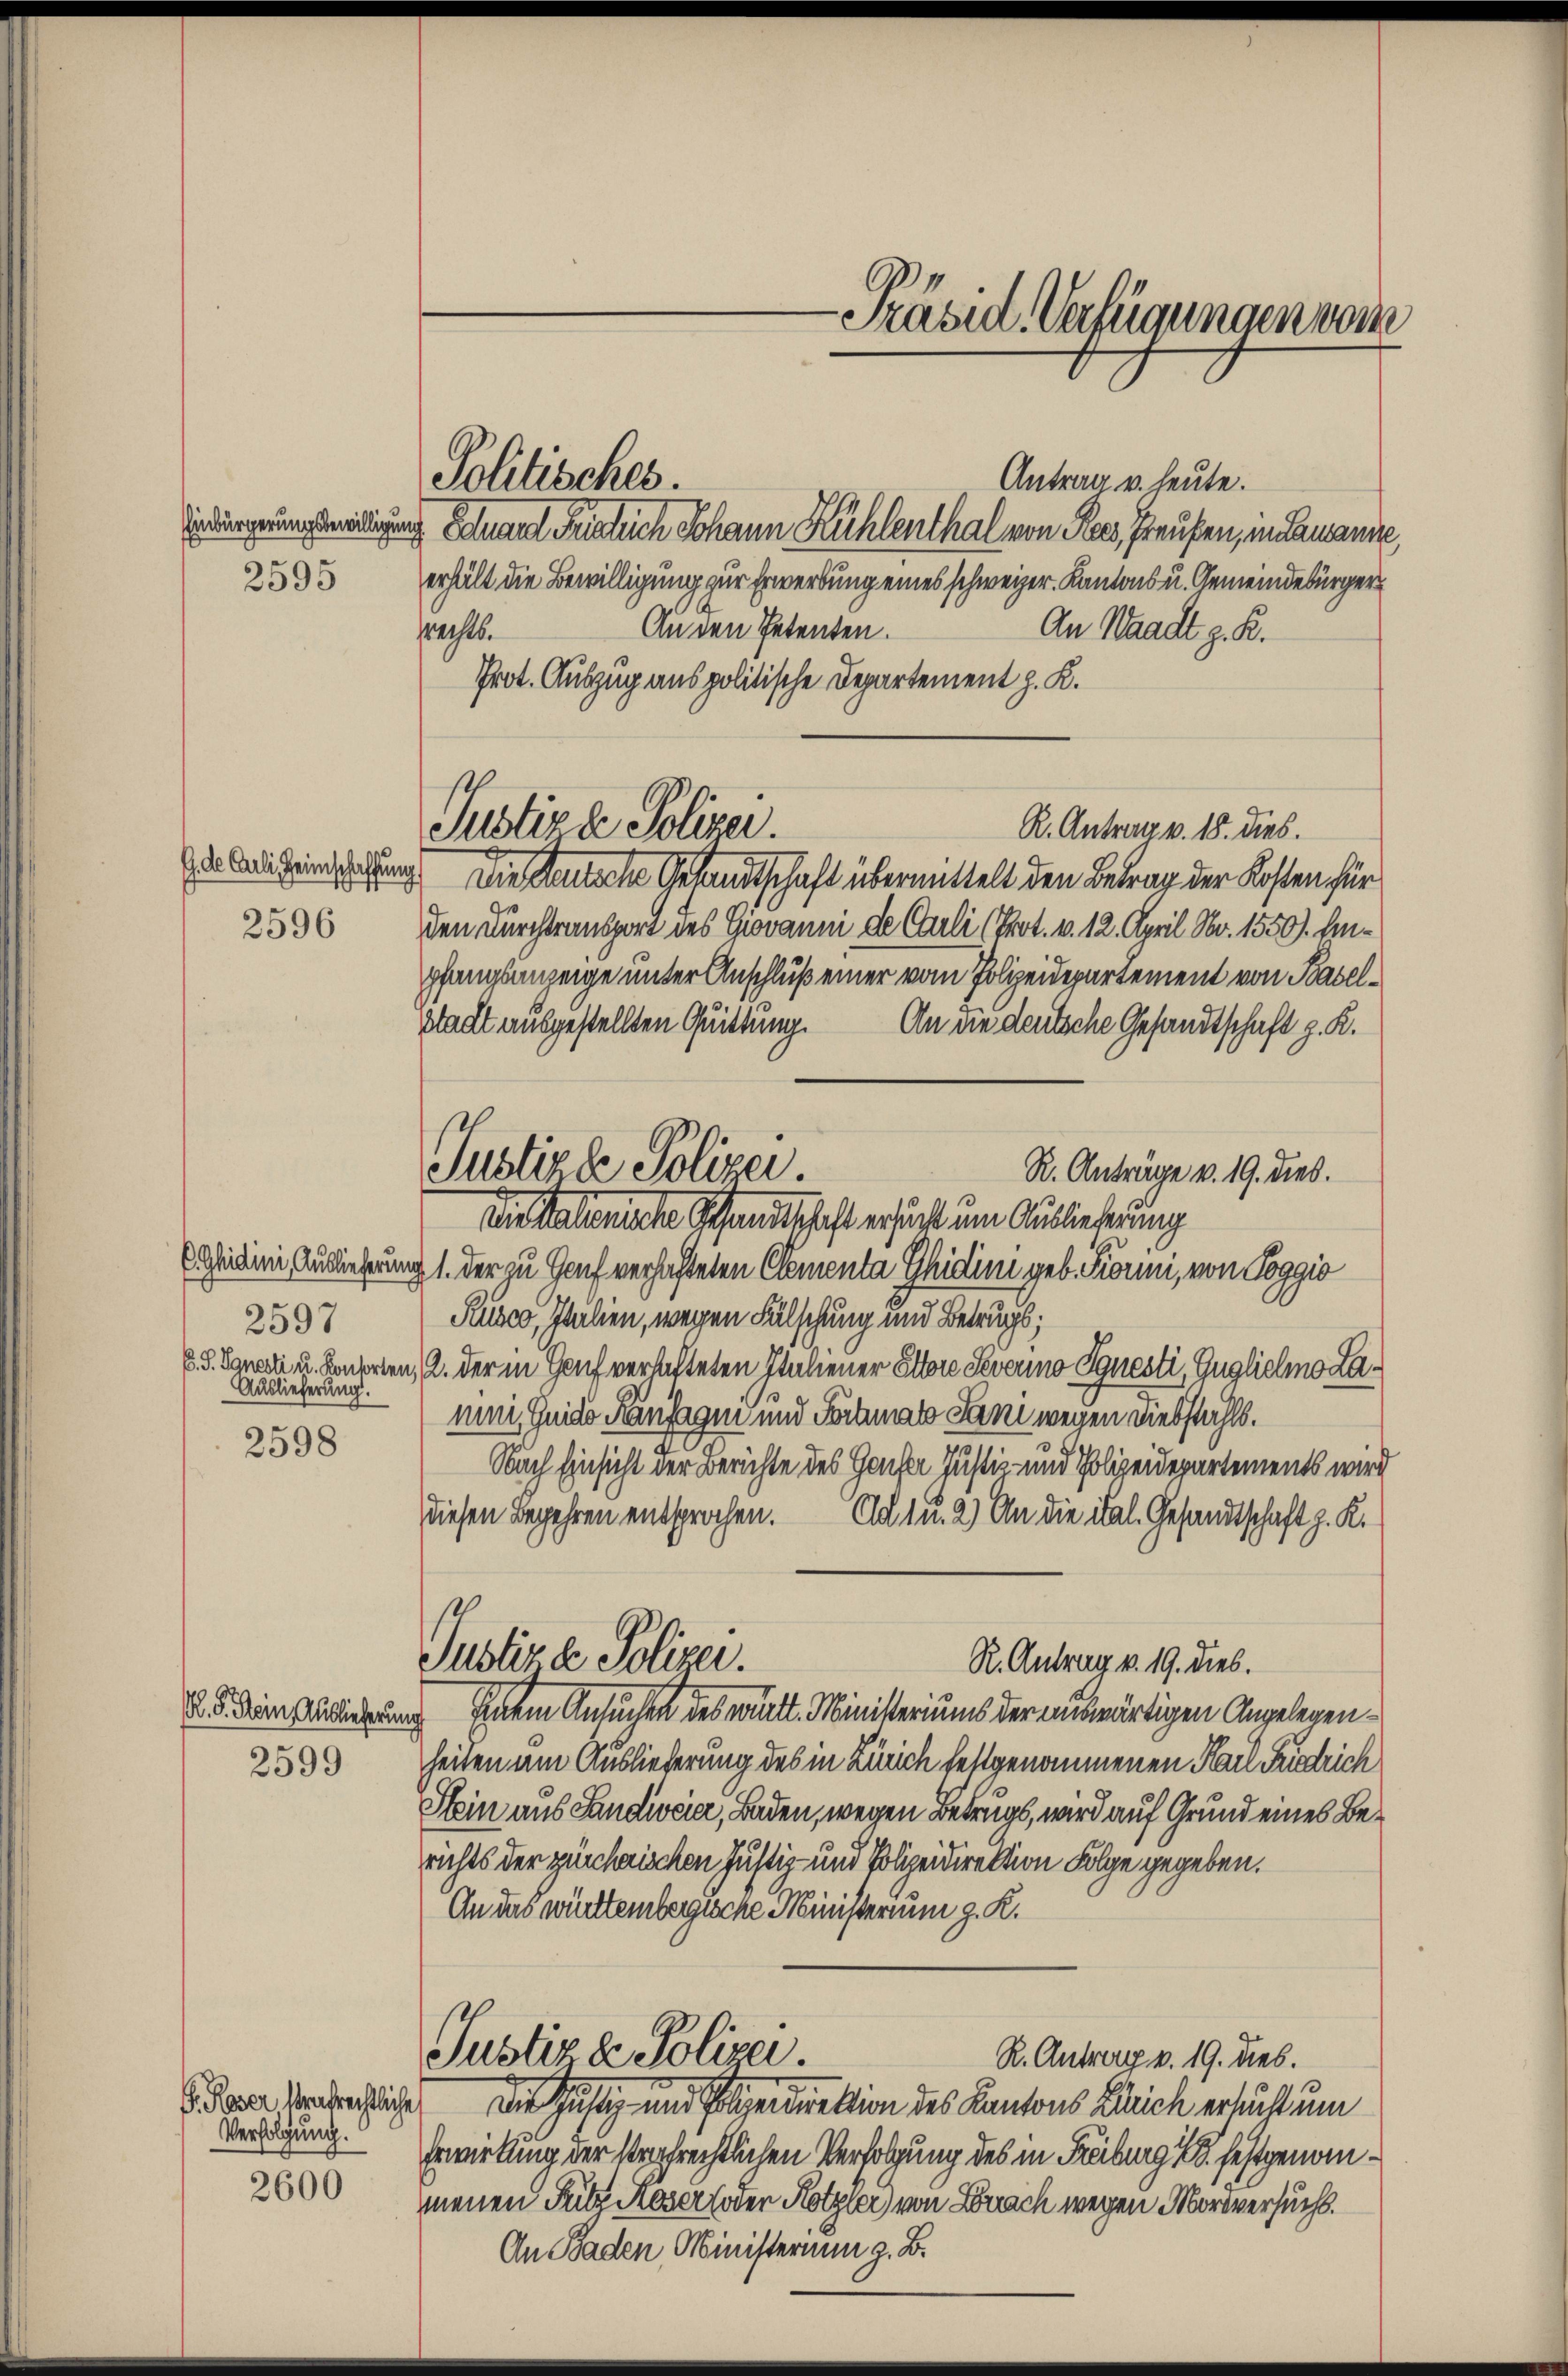
Einbürgerungsbewilligung
2595

2597
C. J. Ignesti u. Kontorten,
Auslieferung.

2598

2599

D. Reser Mendrechtliche
Verfolgung.

2600

Antrag u. heute.
 Eduard Füglich Johann Kühlenthal von Ress, Preußen, in demanne
erhält die Bewilligung zur Erwerbung eines schweizer. Kantons u. Gemeindebürger
An den Petenten.
praches.
An Waadt z. B.
Prot. Auszug aus politische Departement z. K.
R. Antrag v. 18. dies.
dr Ardigensaftung die Manche Gesandtschaft übermittelt den Betrag der Kosten für
2596 den Durchtransport des Giovanni de Carli (Prot. v. 12. April Nr. 1550). Einpfangsanzeige unter Anschluß einer vom Polizeidepartement von Basel¬
Stadt ausgestellten Quittung. An die deutsche Gesandtschaft z. K.
R. Anträge v. 19. dies.
Die Nationirte Schandtschaft ersucht um Auslieferung
E Geilini Auslieferung der zu Genf verhafteten Clementa Ghidini geb. Fiorii, von Toggio
Rusco, Julien, wegen Fälschung und Betrugs;
/A. der in Hauf verhafteten Italiener Eltere Severno Squesti, Guglicheno Lamii Guido Kansagen und Tortenats Sani wegen Diebstahls.
Nach Einsicht der Berichte des Gache Justiz- und Polizeidepartements wird
diesen Begehren entsprochen. Ad 1n. 2) An die ital. Gesandtschaft z. K.
Justiz- & Polizei.
R. Antrag v. 19. dies.
2. d. den Alderung einem Ansuchen des ritt. Ministeriums der auswärtigen Angelegenheiten am Ausliederung des in Zürich festgenommenen Hail Friedrich
Stein aus Sandivcier, Baden, wegen Betrugs, wird auf Grund eines Berichts der zürcherischen Justiz- und Polizeidirektion Folge gegeben.
An das württembergische Ministerium g. K.
Justiz & Polizei
R. Antrag v. 19. dies.
Die Justiz und Polizenmation des Kantons Bleich ersucht um
Erwirkung der stropfrechtlichen Verfolgung des in Freiburg 1 festgenommenen Filz Aoser (oder Hotzler von Lörrach wegen Mordversucht.
An Baden, Ministerium z. B.

Pohlisches.

Justizde Polizei.

Justizle Polizei.

Präsid. Verfügungen vom